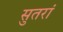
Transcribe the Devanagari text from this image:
सुतरां